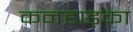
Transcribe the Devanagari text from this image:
कनहाड़का